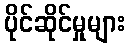
ပိုင်ဆိုင်မှုများ